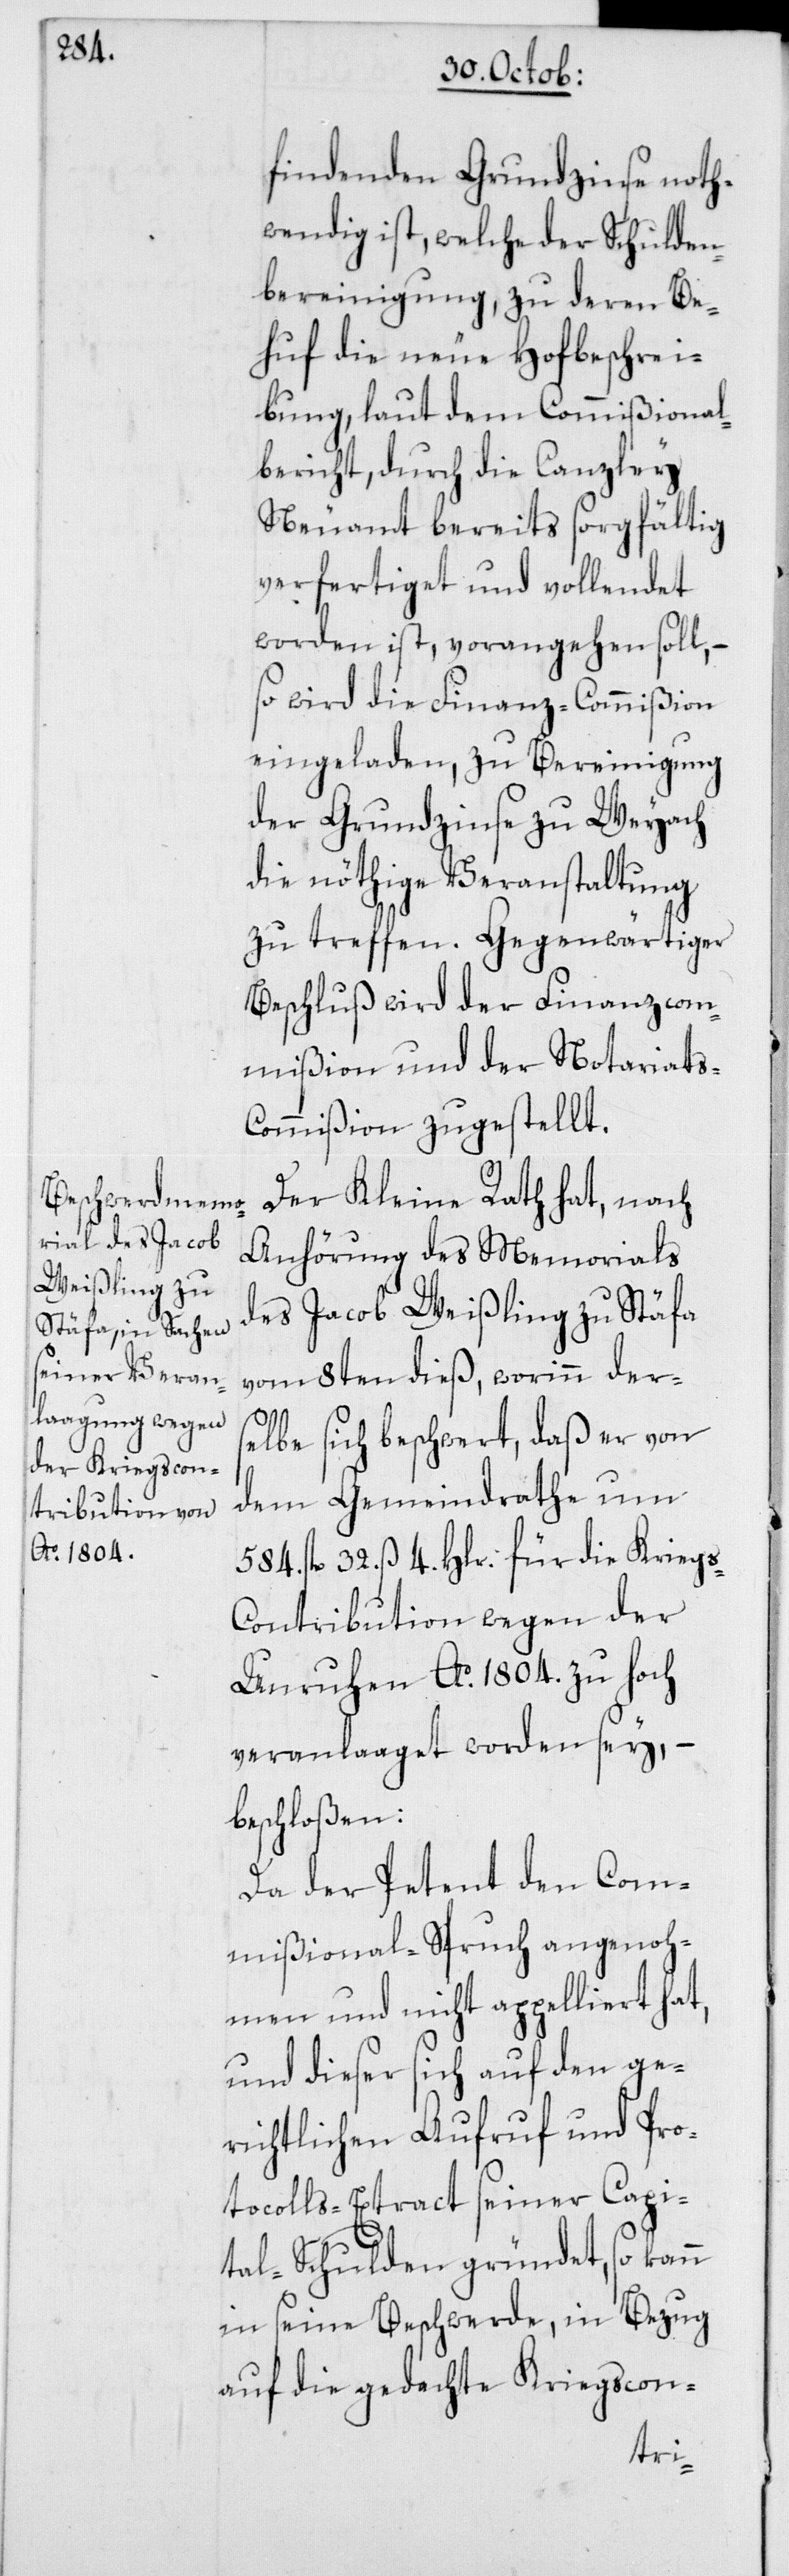
findenden Grundzinse not¬
wendig ist, welche der Schulden¬
bereinigung, zu deren Be¬
huf die neue Hofbeschrei¬
bung, laut dem Commißional¬
bericht, durch die Canzley
Neuamt bereits sorgfältig
verfertiget und vollendet
worden ist, vorangehen soll, –
so wird die Finanz-Commißion
eingeladen, zu Bereinigung
der Grundzinse zu Weyach
die nöthige Veranstaltung
zu treffen. Gegenwärtiger
Beschluß wird der Finanzcom¬
mißion und der Notariats-C¬
ommißion zugestellt.
Der Kleine Rath hat, nach
Anhörung des Memorials
des Jacob Weißling zu Stäfa
vom 8ten dieß, worinn ders¬
elbe sich beschwert, daß er von
dem Gemeindrathe um
584. fl. 32. ß 4. Hlr. für die Krieg¬
s-Contribution wegen der
Unruhen Ao 1804. zu hoch
veranlaaget worden sey, –
beschloßen:
Da der Petent den Com¬
mißional-Spruch angenoh¬
men und nicht appelliert hat,
und dieser sich auf den ge¬
richtlichen Aufruf und Pro¬
tocolls-Extract seiner Capi¬
tal-Schulden gründet, so kann
in seine Beschwerde, in Bezug
auf die gedachte Kriegscon-